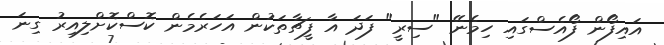
އައިފޯން ފޯއެސްގައި ހިމެނޭ "ސިރީ" ފަދަ އާ ފީޗާތަކުން އަހަރެމެން ކޮސްކޮށްލިއިރު ގިނަ